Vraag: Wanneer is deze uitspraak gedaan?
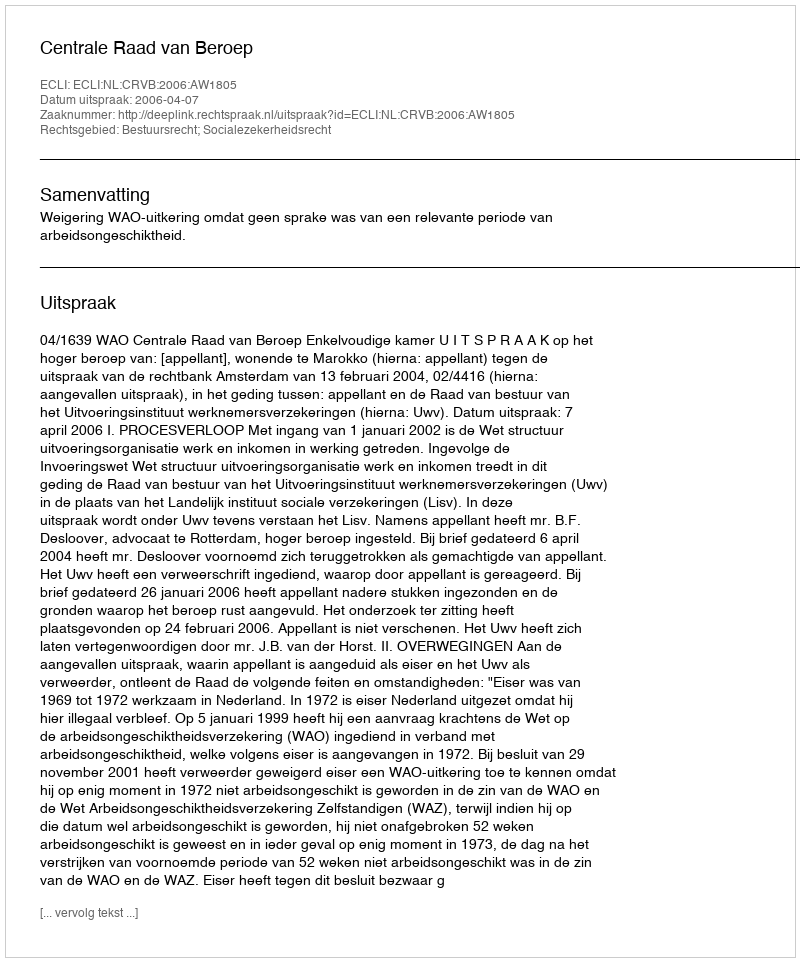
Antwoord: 2006-04-07